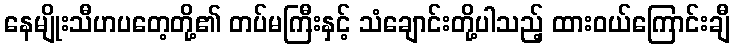
နေမျိုးသီဟပတေ့တို့၏ တပ်မကြီးနှင့် သံချောင်းတို့ပါသည့် ထားဝယ်ကြောင်းချီ